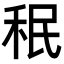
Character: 𥞔